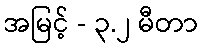
အမြင့် - ၃.၂ မီတာ